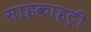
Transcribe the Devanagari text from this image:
साइकाइट्री